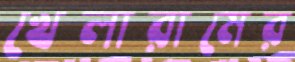
খেলারামের